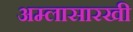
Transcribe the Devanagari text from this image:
अम्लासारखी